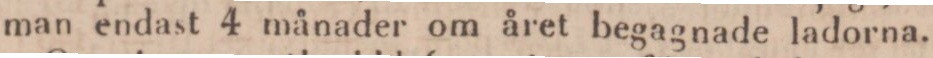
man endast 4 månader om året begagnade ladorna.